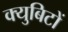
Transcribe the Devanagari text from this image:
क्युबिटों